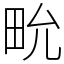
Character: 㽙